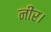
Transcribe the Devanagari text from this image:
नीर।